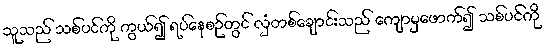
သူသည် သစ်ပင်ကို ကွယ်၍ ရပ်နေစဉ်တွင် လှံတစ်ချောင်းသည် ကျောမှဖောက်၍ သစ်ပင်ကို